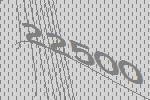
22500